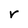
Character: r